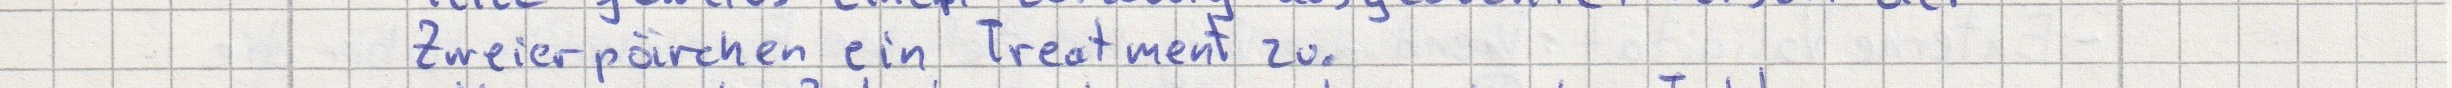
Zweierpärchen ein Treatment zu.